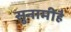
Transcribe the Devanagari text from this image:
सुनामीहै